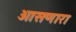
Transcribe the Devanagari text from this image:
आसणारा